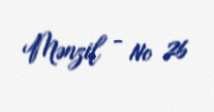
Mənzil - № 26